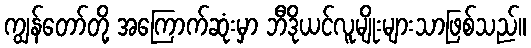
ကျွန်တော်တို့ အကြောက်ဆုံးမှာ ဘီဒိုယင်လူမျိုးများသာဖြစ်သည်။